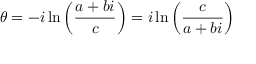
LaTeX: \theta = - i \ln \left( { \frac { a + b i } { c } } \right) = i \ln \left( { \frac { c } { a + b i } } \right)